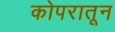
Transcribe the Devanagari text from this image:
कोपरातून